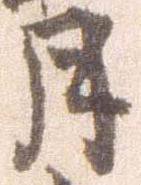
月